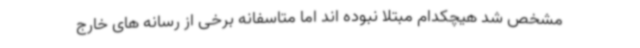
مشخص شد هیچکدام مبتلا نبوده اند اما متاسفانه برخی از رسانه های خارج